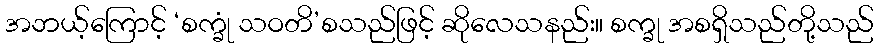
အဘယ့်ကြောင့် ‘စက္ခုံ သဝတိ’စသည်ဖြင့် ဆိုလေသနည်း။ စက္ခု အစရှိသည်တို့သည်